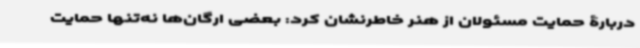
دربارۀ حمایت مسئولان از هنر خاطرنشان کرد: بعضی ارگان‌ها نه‌تنها حمایت